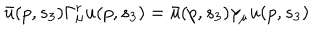
\bar { u } ( p , s _ { 3 } ) \Gamma _ { \mu } ^ { r } u ( p , s _ { 3 } ) = \bar { u } ( p , s _ { 3 } ) \gamma _ { \mu } u ( p , s _ { 3 } )